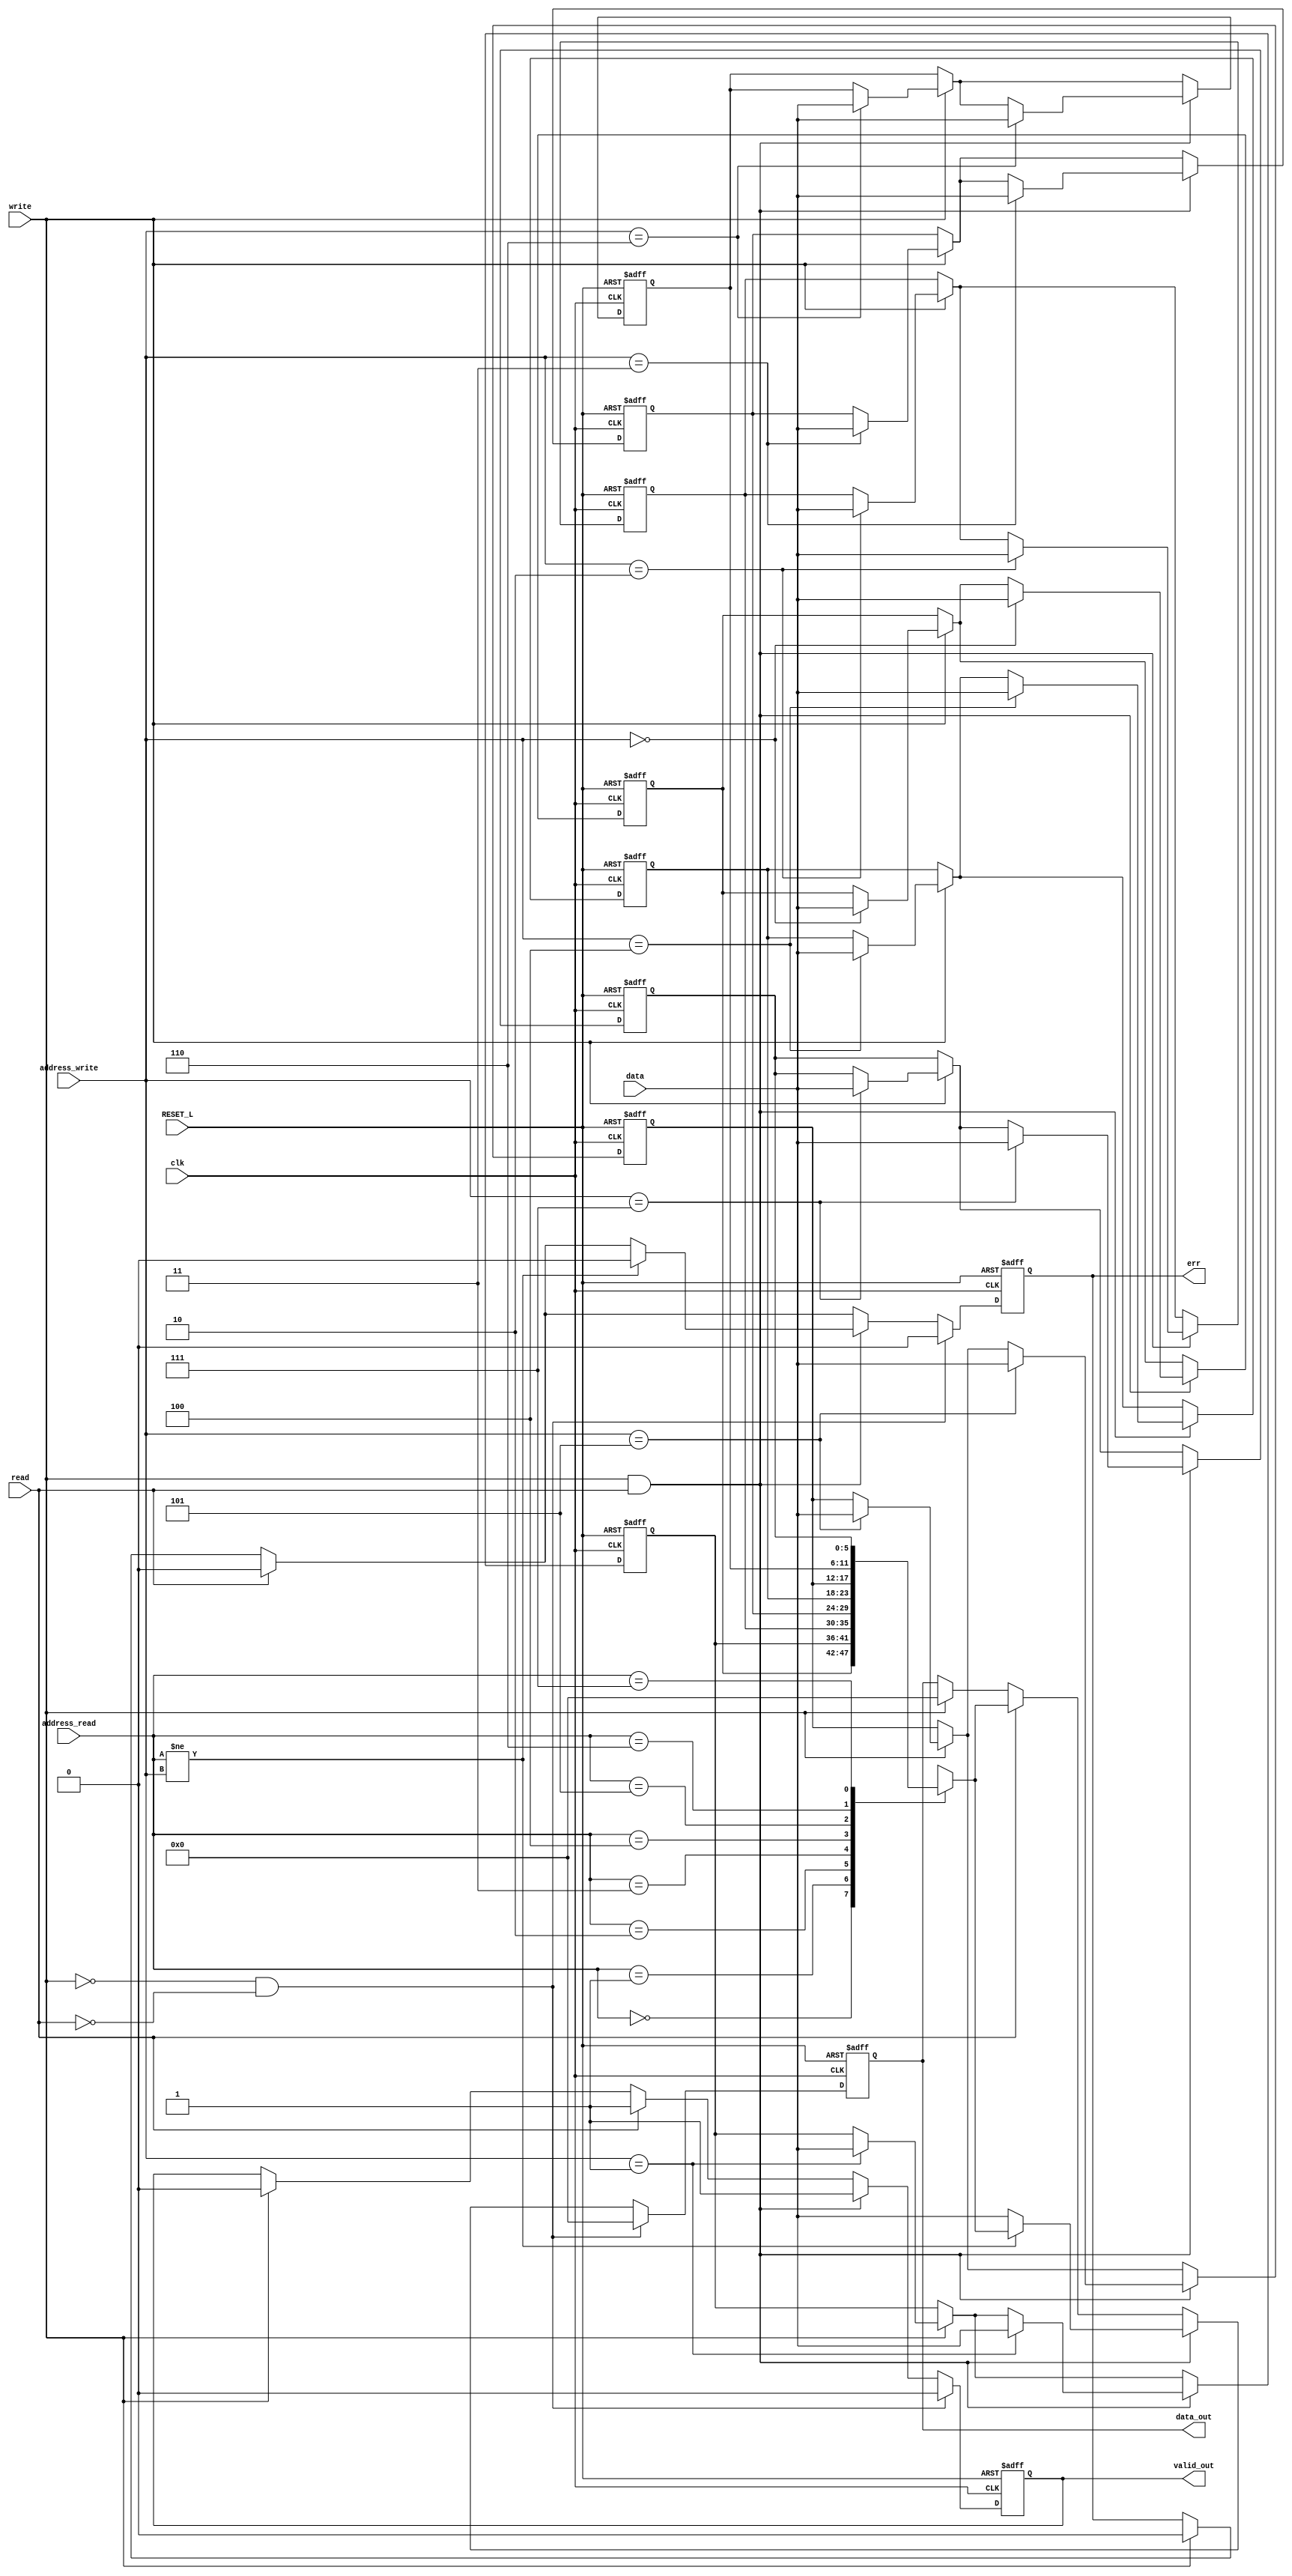

module mem (
clk,
address_read,
address_write,
data,
write,
read,
valid_out,
data_out,
RESET_L,
err
); 

//Params.
parameter DATA_WIDTH = 6;
parameter ADDR_WIDTH = 3;
parameter RAM_DEPTH = 8;

//I/O
input clk;
input [ADDR_WIDTH-1:0] address_read;
input [ADDR_WIDTH-1:0] address_write;
input write;
input read;
input [DATA_WIDTH-1:0] data;
input RESET_L;
output reg [DATA_WIDTH-1:0] data_out;
output reg valid_out;
output reg err;
//Vars
reg [DATA_WIDTH-1:0] mem [0:RAM_DEPTH-1];
integer i; 

//----Code----
always @ (posedge clk or negedge RESET_L) begin
    if(~RESET_L) begin
        for(i=0; i<RAM_DEPTH ; i = i + 1) begin
            mem[i] <= 'h0;
        end
        data_out <= 0;
        valid_out <= 0;
        err <= 0;
    end 
    else begin
        if(write) begin
            mem[address_write] <= data;
            valid_out <= 0;
            data_out<=0;
            err <= 0;
        end
        if(read) begin
            data_out <= mem[address_read];
            valid_out <= 1;
            err <= 0;
        end
        if(write && read) begin
            if(address_read != address_write) begin
                data_out <= mem[address_read];
                mem[address_write] <= data;
                valid_out<=1;
                err<=0;
            end else begin
                data_out <= data;
                mem[address_write] <= data;
                valid_out<=1;
            end
        end
        if(~write && ~read) begin
            err<=0;
            valid_out<=0;
            data_out <= 0;
        end
    end


end


endmodule